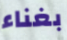
بغناء